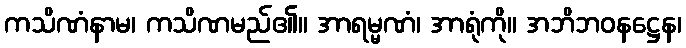
ကသိဏံနာမ၊ ကသိဏမည်၏။ အာရမ္မဏံ၊ အာရုံကို။ အဘိဘဝနဋ္ဌေန၊